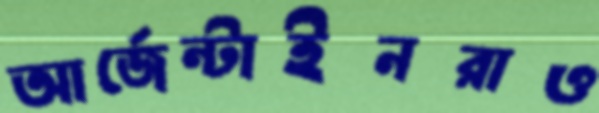
আর্জেন্টাইনরাও